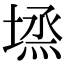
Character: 𡏈